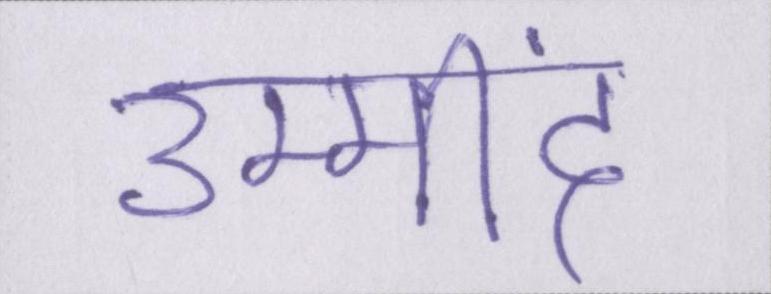
उम्मींद